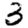
Digit: 3